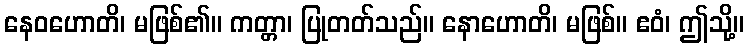
နေဝဟောတိ၊ မဖြစ်၏။ ကတ္တာ၊ ပြုတတ်သည်။ နောဟောတိ၊ မဖြစ်။ ဧဝံ၊ ဤသို့။